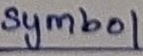
Text: symbol